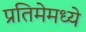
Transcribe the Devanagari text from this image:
प्रतिमेमध्ये